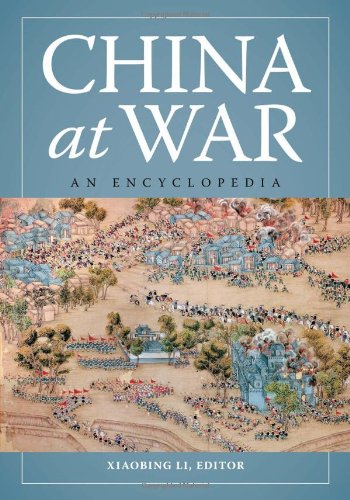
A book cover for China at War: An Encyclopedia; Reference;